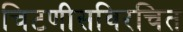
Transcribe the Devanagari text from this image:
चिटणीसविरचित